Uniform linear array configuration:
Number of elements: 24
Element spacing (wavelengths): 0.25
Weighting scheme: blackman
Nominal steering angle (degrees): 45
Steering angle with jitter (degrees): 45.809
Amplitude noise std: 0.05
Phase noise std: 0.05

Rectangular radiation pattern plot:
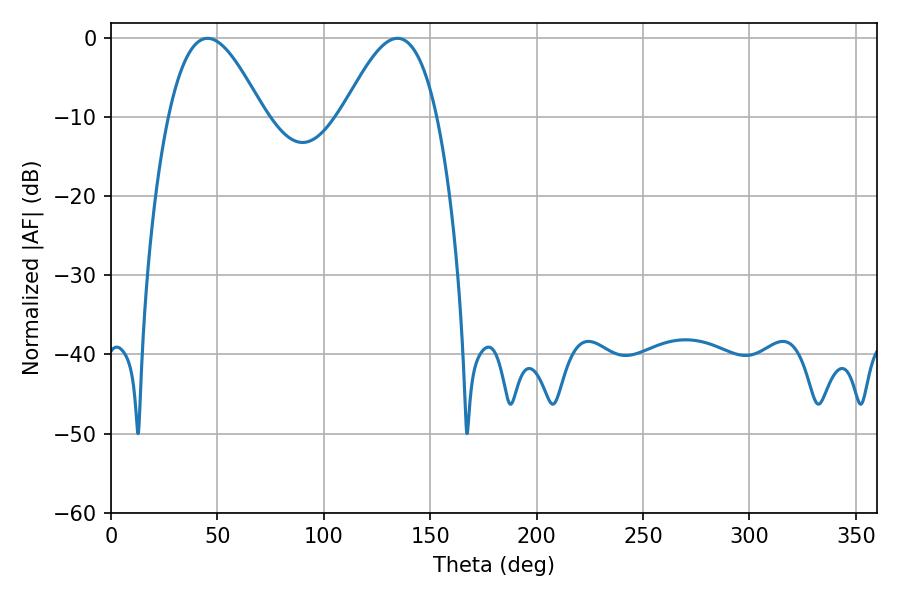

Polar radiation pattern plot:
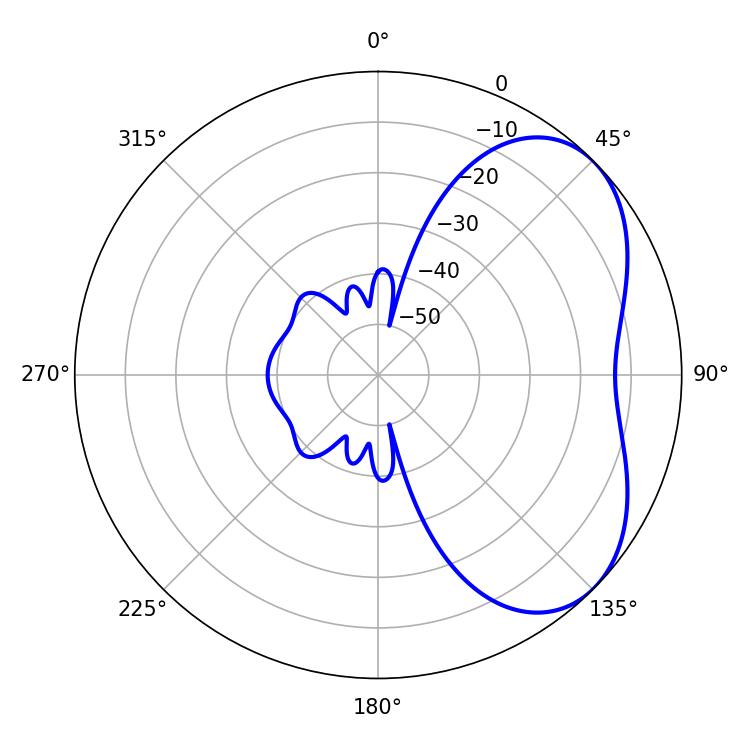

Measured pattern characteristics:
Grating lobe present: FALSE
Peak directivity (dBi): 4.59
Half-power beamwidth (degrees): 24.12
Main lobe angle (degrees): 45.36